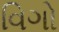
વિગો